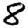
Digit: 8